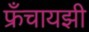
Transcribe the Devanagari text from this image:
फ्रँचायझी